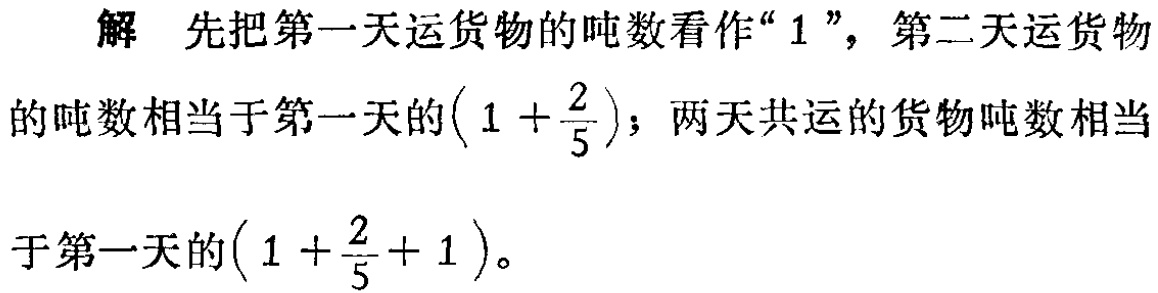
解 先把第一天运货物的吨数看作“$1$”，第二天运货物的吨数相当于第一天的$\left(1 + \dfrac{2}{5}\right)$；两天共运的货物吨数相当于第一天的$\left(1 + \dfrac{2}{5}+ 1 \right)$。